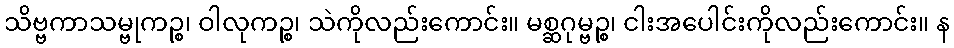
သိဗ္ဗကာသမ္ဗုကဉ္စ၊ ဝါလုကဉ္စ၊ သဲကိုလည်းကောင်း။ မစ္ဆဂုမ္ဗဉ္စ၊ ငါးအပေါင်းကိုလည်းကောင်း။ န